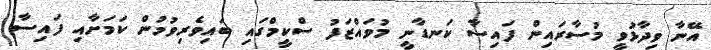
އޭނާ ވިދާޅުވީ މުސާރައިން ފައިސާ ކަނޑާނީ މުވައްޒަފު ސްކީމްގައި ބައިވެރިވުމުން ކަމަށާއި ފައިސާ